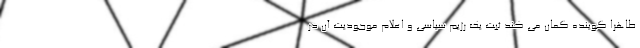
ظاهرا گوینده گمان می کند ثبت یک رژیم سیاسی و اعلام موجودیت آن در